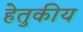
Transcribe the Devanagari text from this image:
हेतुकीय